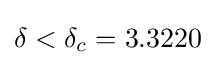
\delta <\delta _{c}=3.3220